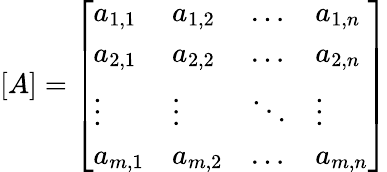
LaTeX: [A]={\left[\begin{array}{llll}{a_{1,1}}&{a_{1,2}}&{\ldots}&{a_{1,n}}\\ {a_{2,1}}&{a_{2,2}}&{\ldots}&{a_{2,n}}\\ {\vdots}&{\vdots}&{\ddots}&{\vdots}\\ {a_{m,1}}&{a_{m,2}}&{\ldots}&{a_{m,n}}\end{array}\right]}